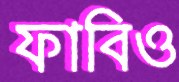
ফাবিও